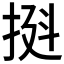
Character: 𫼼